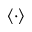
\langle \cdot \rangle